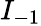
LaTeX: I_{-1}